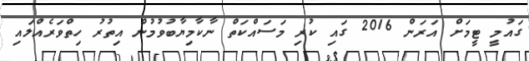
ގައުމީ ޓީމަށް އަރަން 2016 ގައި ކުރި މަސައްކަތް ނާކާމިޔާބުވުމުން އިތުރު ހިތްވަރެއްލައި